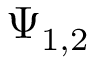
\Psi _ { 1 , 2 }